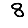
Digit: 8